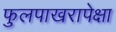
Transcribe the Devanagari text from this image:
फुलपाखरापेक्षा